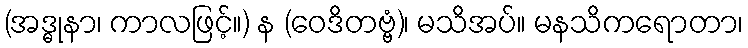
(အဒ္ဓုနာ၊ ကာလဖြင့်။) န (ဝေဒိတဗ္ဗံ)၊ မသိအပ်။ မနသိကရောတာ၊